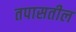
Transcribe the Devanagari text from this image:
तपासतील